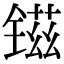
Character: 镃